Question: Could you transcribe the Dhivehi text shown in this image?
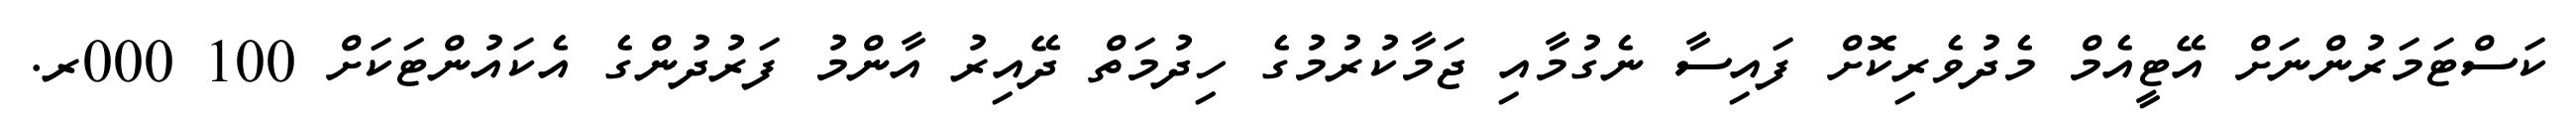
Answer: ކަސްޓަމަރުންނަށް އޭޓީއެމް މެދުވެރިކޮށް ފައިސާ ނެގުމާއި ޖަމާކުރުމުގެ ހިދުމަތް ދޭއިރު އާންމު ފަރުދުންގެ އެކައުންޓަކަށް 100 000ރ.